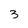
Character: 3